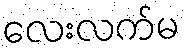
လေးလက်မ